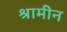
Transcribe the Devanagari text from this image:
श्रामीन